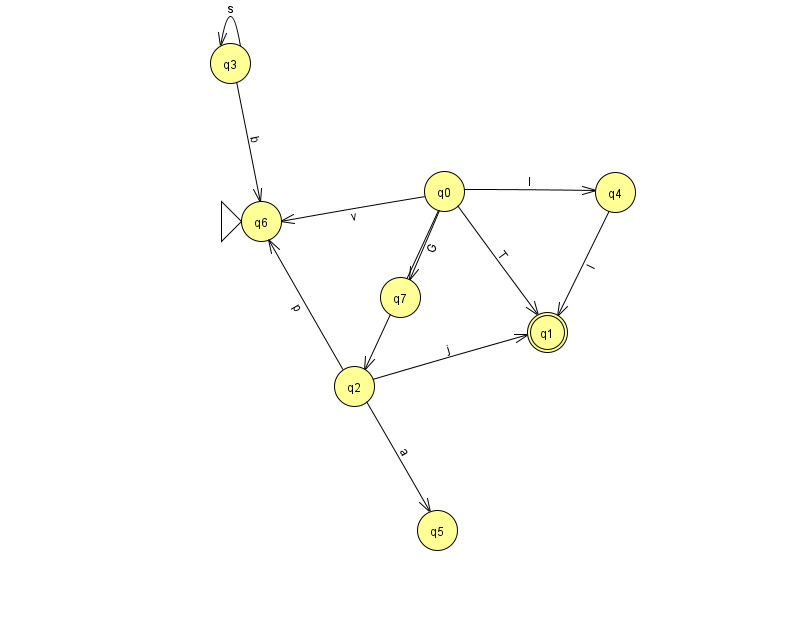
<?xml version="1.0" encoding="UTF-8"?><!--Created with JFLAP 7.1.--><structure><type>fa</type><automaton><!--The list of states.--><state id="0" name="q0"><x>444.0</x><y>178.0</y></state><state id="1" name="q1"><x>547.0</x><y>319.0</y><final/></state><state id="2" name="q2"><x>354.0</x><y>373.0</y></state><state id="3" name="q3"><x>230.0</x><y>50.0</y></state><state id="4" name="q4"><x>615.0</x><y>179.0</y></state><state id="5" name="q5"><x>437.0</x><y>517.0</y></state><state id="6" name="q6"><x>261.0</x><y>208.0</y><initial/></state><state id="7" name="q7"><x>400.0</x><y>284.0</y></state><!--The list of transitions.--><transition><from>0</from><to>2</to><read>U</read></transition><transition><from>0</from><to>1</to><read>T</read></transition><transition><from>3</from><to>3</to><read>s</read></transition><transition><from>3</from><to>6</to><read>b</read></transition><transition><from>0</from><to>7</to><read>G</read></transition><transition><from>0</from><to>4</to><read>l</read></transition><transition><from>2</from><to>1</to><read>j</read></transition><transition><from>0</from><to>6</to><read>v</read></transition><transition><from>2</from><to>5</to><read>a</read></transition><transition><from>2</from><to>6</to><read>p</read></transition><transition><from>4</from><to>1</to><read>l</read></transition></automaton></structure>